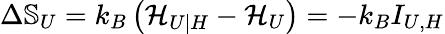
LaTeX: \Delta\mathbb{S}_{U}=k_{B}\left(\mathcal{H}_{U|H}-\mathcal{H}_{U}\right)=-k_{B}I_{U,H}